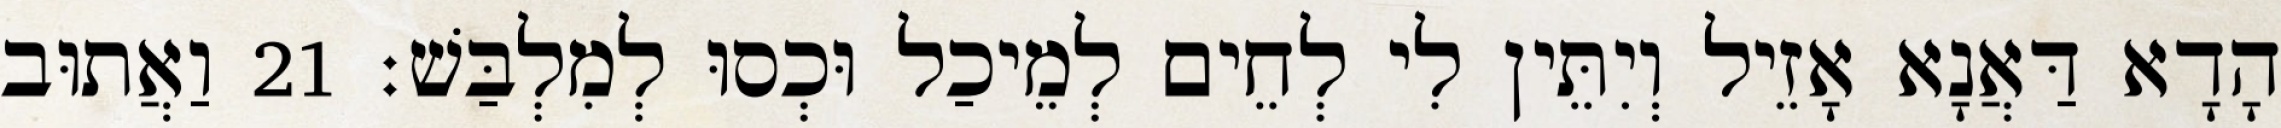
הָדָא דַּאֲנָא אָזֵיל וְיִתֵּין לִי לְחֵים לְמֵיכַל וּכְסוּ לְמִלְבַּשׁ׃ 21 וַאֲתוּב